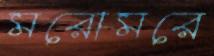
মরোমরে